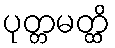
ပုတ္တမတ္ထိ